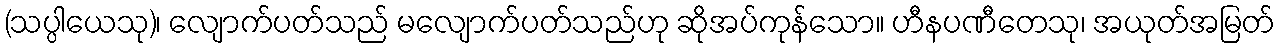
(သပ္ပါယေသု)၊ လျောက်ပတ်သည် မလျောက်ပတ်သည်ဟု ဆိုအပ်ကုန်သော။ ဟီနပဏီတေသု၊ အယုတ်အမြတ်